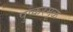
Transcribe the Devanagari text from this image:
पुष्करमूळ